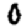
Digit: 0